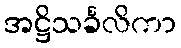
အဋ္ဌိသင်္ခလိကာ